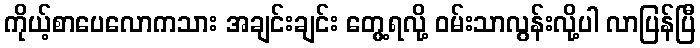
ကိုယ့်စာပေလောကသား အချင်းချင်း တွေ့ရလို့ ဝမ်းသာလွန်းလို့ပါ လာပြန်ပြီ